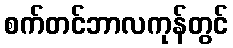
စက်တင်ဘာလကုန်တွင်